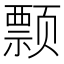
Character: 𱂺